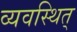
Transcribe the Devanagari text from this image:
व्यवस्थित्